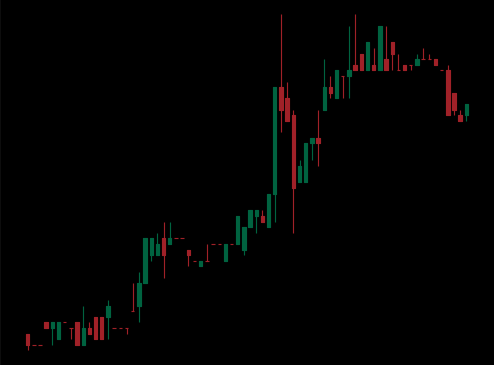
Pattern: bear_flag